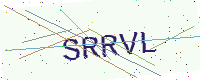
Text: SRRVL